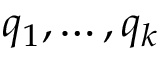
q _ { 1 } , \ldots , q _ { k }